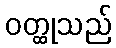
ဝတ္ထုသည်